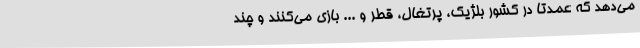
می‌دهد که عمدتا در کشور بلژیک، پرتغال، قطر و ... بازی می‌کنند و چند